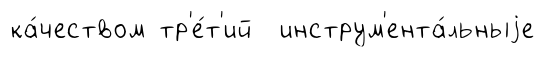
ка́чеством тр'е́т'ий инструм'ента́льныjе